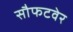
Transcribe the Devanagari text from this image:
सौफटवेर